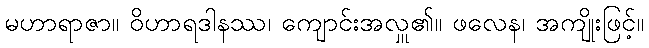
မဟာရာဇာ။ ဝိဟာရဒါနဿ၊ ကျောင်းအလှူ၏။ ဖလေန၊ အကျိုးဖြင့်။